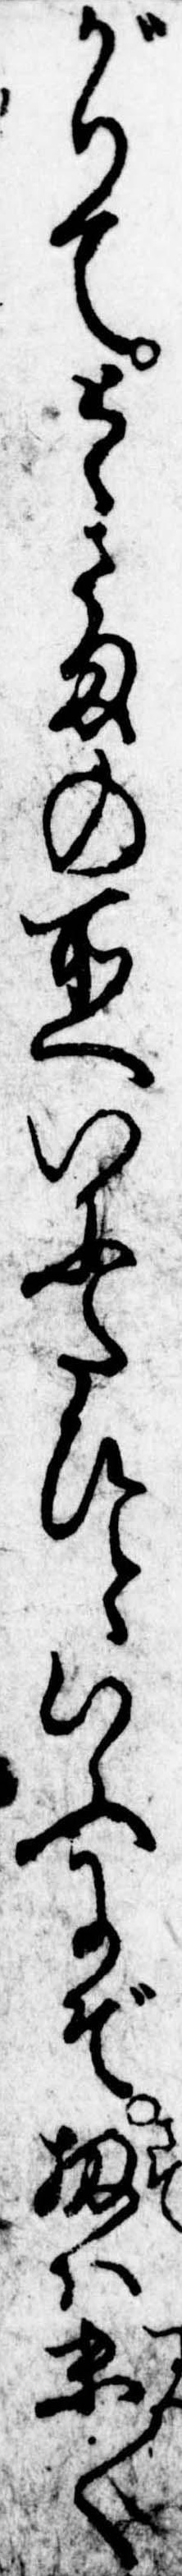
がりてとゝさまの所へいにたひといふにぞ扨は末〱